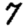
Digit: 7